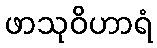
ဖာသုဝိဟာရံ